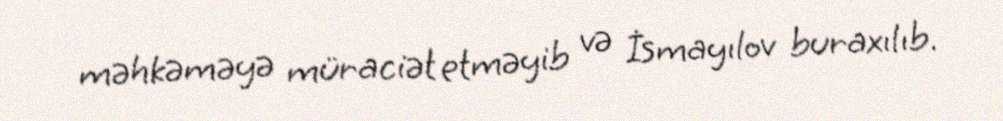
məhkəməyə müraciət etməyib və İsmayılov buraxılıb.